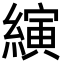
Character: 縯